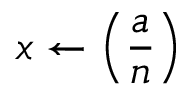
x \gets \left( { \frac { a } { n } } \right)